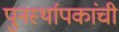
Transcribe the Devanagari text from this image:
पुनर्स्थापकांची